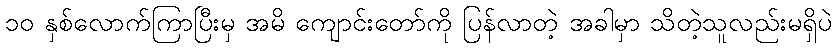
၁၀ နှစ်လောက်ကြာပြီးမှ အမိ ကျောင်းတော်ကို ပြန်လာတဲ့ အခါမှာ သိတဲ့သူလည်းမရှိပဲ